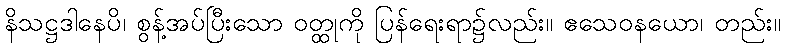
နိသဋ္ဌဒါနေပိ၊ စွန့်အပ်ပြီးသော ဝတ္ထုကို ပြန်ရေးရာ၌လည်း။ ဧသေဝနယော၊ တည်း။